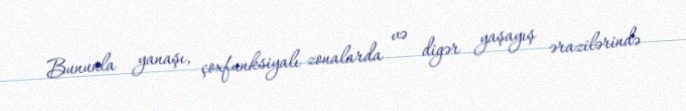
Bununla yanaşı, çoxfunksiyalı zonalarda və digər yaşayış ərazilərində